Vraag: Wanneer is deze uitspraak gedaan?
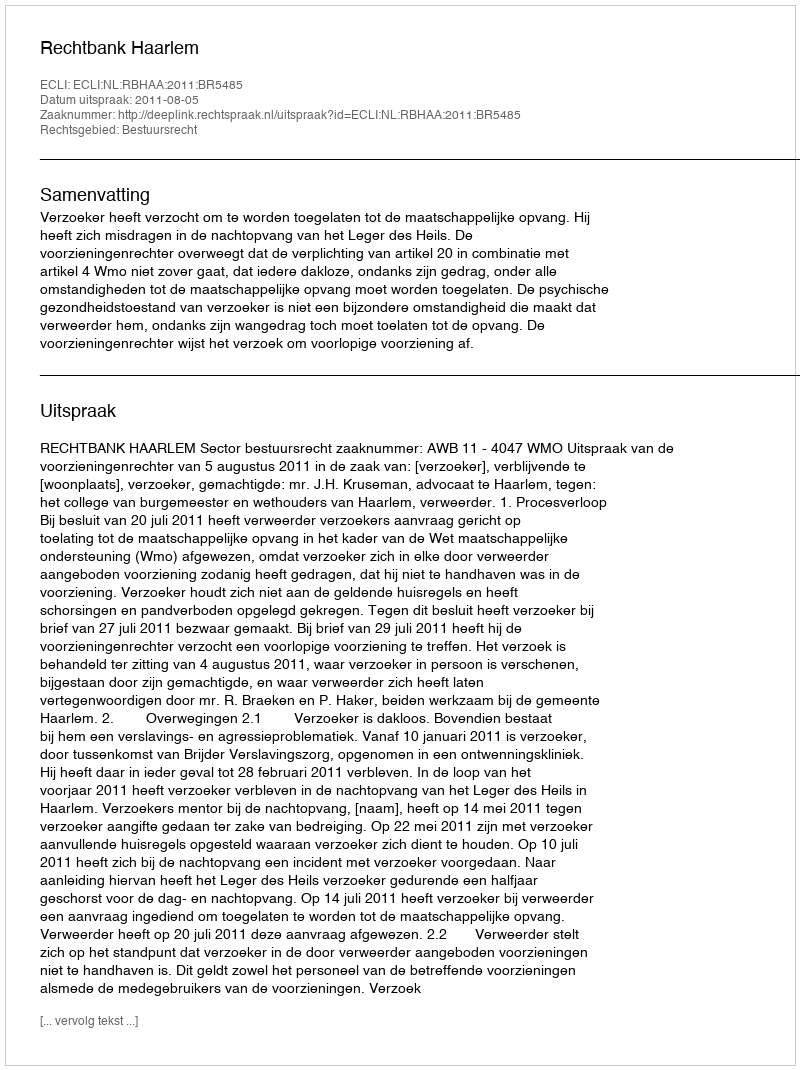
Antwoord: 2011-08-05